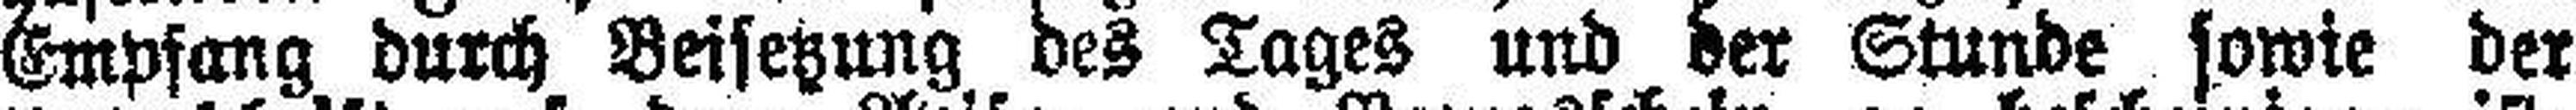
Empfang durch Beisetzung des Tages und der Stunde sowie der